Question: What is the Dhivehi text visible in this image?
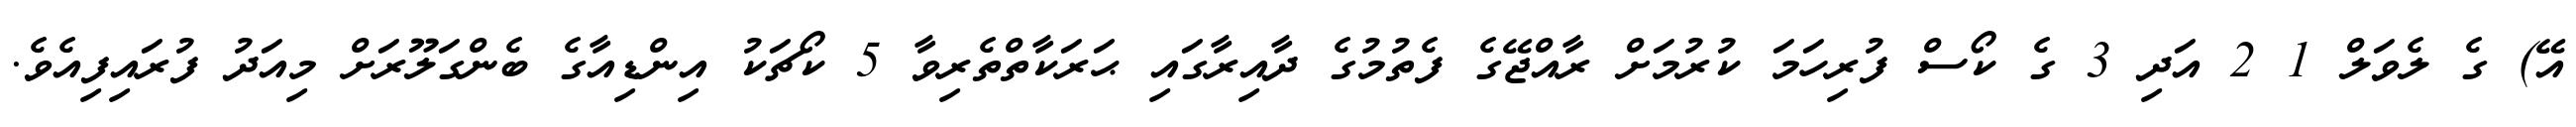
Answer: އޭ) ގެ ލެވަލް 1 2 އަދި 3 ގެ ކޯސް ފުރިހަމަ ކުރުމަށް ރާއްޖޭގެ ފެތުމުގެ ދާއިރާގައި ޙަރަކާތްތެރިވާ 5 ކޯޗަކު އިންޑިއާގެ ބެންގަލޫރަށް މިއަދު ފުރައިފިއެވެ.